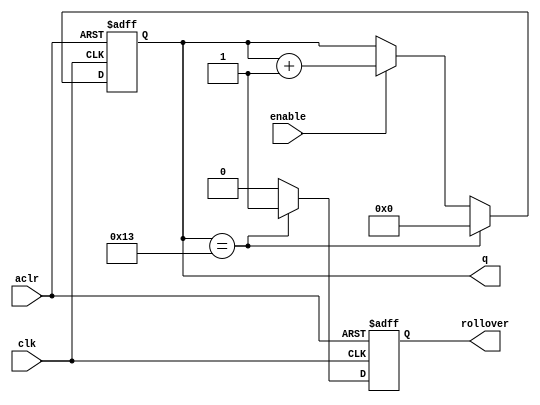
module counter_modulo_k(
	input clk, aclr, enable,
	output rollover, 
	output reg [N-1:0] q
);
	
	parameter k = 20;
	localparam N = clogb2(k - 1);

	function integer clogb2(input [31:0] v);
		for (clogb2 = 0; v > 0; clogb2 = clogb2 +1)
			v = v >> 1;
	endfunction	
	
	reg ro = 0;
	always @(posedge clk, posedge aclr) begin
		if (aclr) begin
			q <= {N{1'b0}};
			ro = 0;
		end
		else if (q == k - 1) begin
			q <= {N{1'b0}};
			ro = 1;
		end
		else if (enable) begin
			q <= q + 1;
			ro = 0;
		end
		else begin
			q <= q;
			ro = 0;
		end
	end
	
	assign rollover = ro;	

endmodule